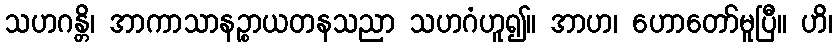
သဟဂန္တိ၊ အာကာသာနဉ္စာယတနသညာ သဟဂံဟူ၍။ အာဟ၊ ဟောတော်မူပြီ။ ဟိ၊